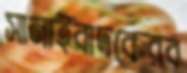
সানাইবাদকেরব